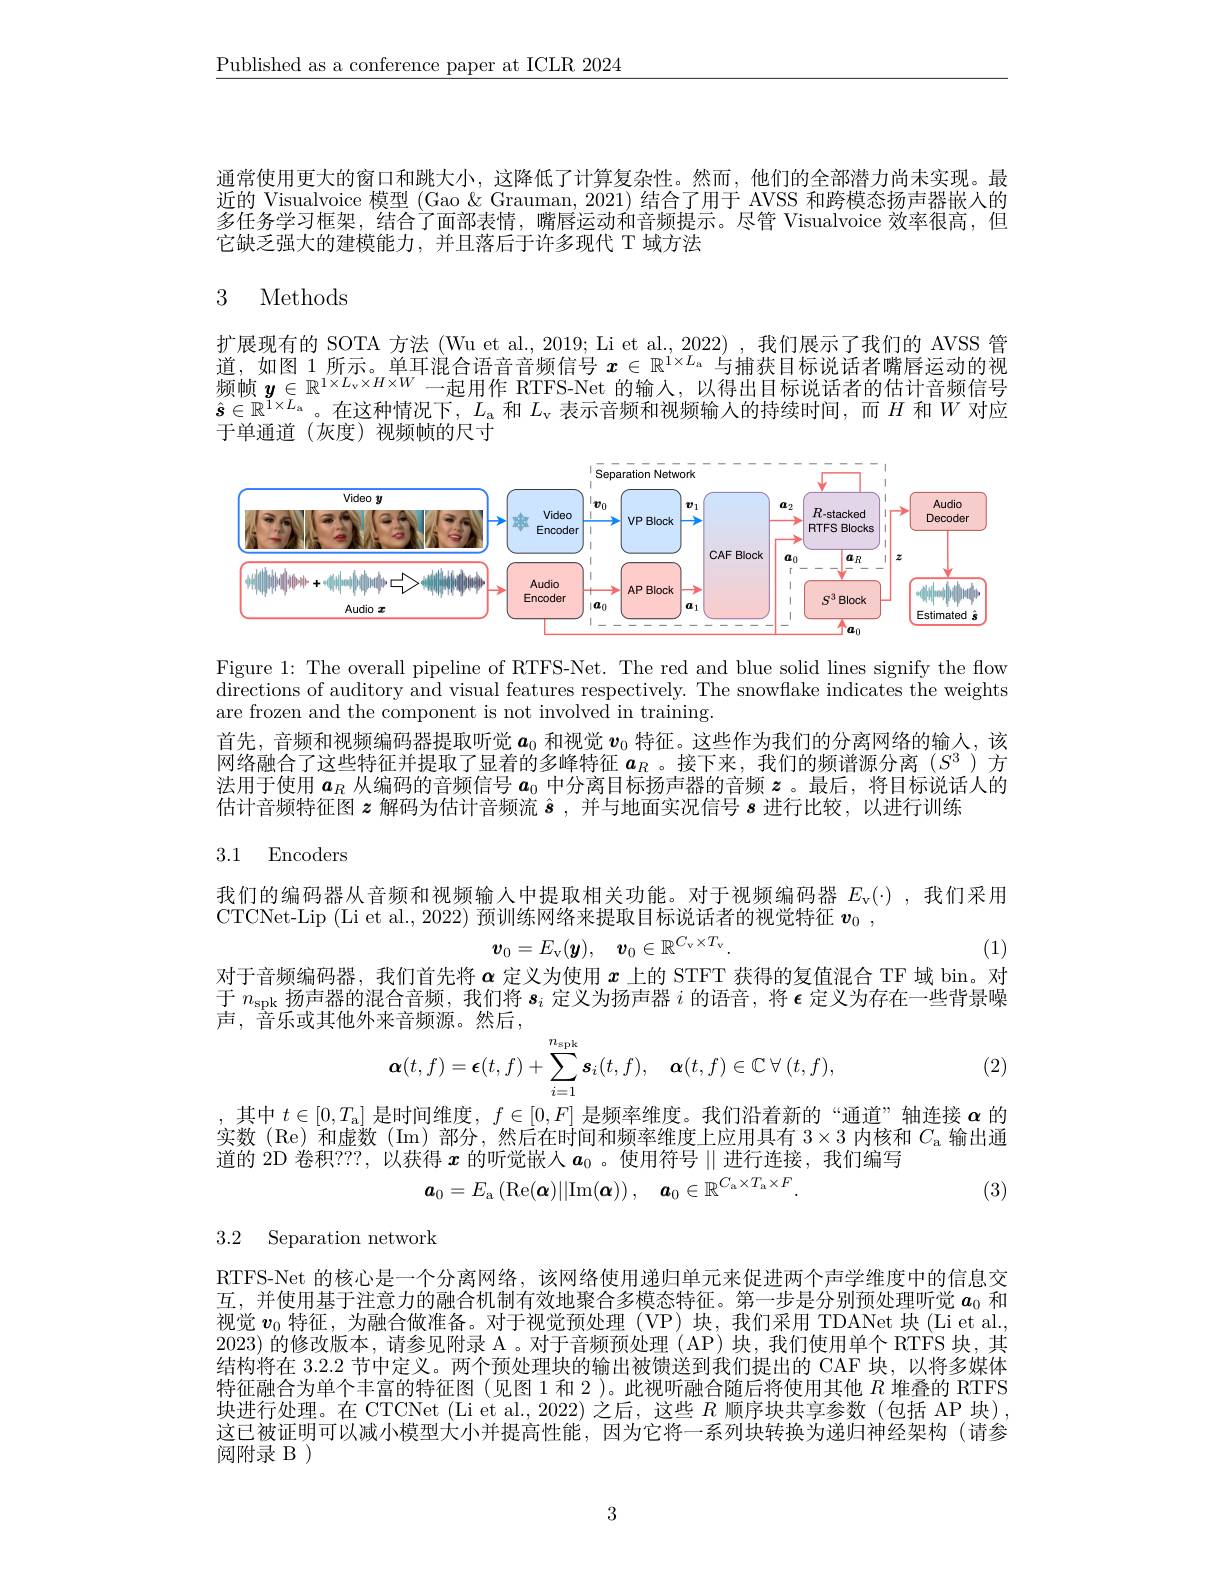
$\underline{\text{Published as a conference paper at ICLR 2024}}$

通常使用更大的窗口和跳大小，这降低了计算复杂性。然而，他们的全部潜力尚未实现。最近的 Visualvoice 模型 (Gao $\&$ Grauman, 2021) 结合了用于 AVSS 和跨模态扬声器嵌人的多任务学习框架，结合了面部表情，嘴唇运动和音频提示。尽管 Visualvoice 效率很高，但它缺乏强大的建模能力，并且落后于许多现代 T 域方法

## 3 Methods

扩展现有的 SOTA 方法 (Wu et al., 2019; Li et al., 2022) , 我们展示了我们的 AVSS 管道 , 如 图 1 所 示 。单 耳 混 合 语 音 音 频 信 号 $\boldsymbol{x}\in \mathbb{R} ^{1\times L_{\mathrm{a} }}$与 捕 获 目 标 说 话 者 嘴 唇 运 动 的 视 频 帧 $\boldsymbol{y}\in \mathbb{R} ^{1\times L_{\mathrm{v} }\times H\times W}$一 起 用 作 RTFS- Net 的 输 入 , 以 得 出 目 标 说 话 者 的 估 计 音 频 信 号$\hat{\boldsymbol{s}}\in\mathbb{R}^{1\times L_\mathrm{a}}$。在这种情况下$,L_\mathrm{a}$和$L_\mathrm{v}$表示音频和视频输人的持续时间，而$H$和$W$对应于单通道(灰度)视频帧的尺寸

<FigureHere>

Figure 1: The overall pipeline of RTFS-Net. The red and blue solid lines signify the flow directions of auditory and visual features respectively. The snowflake indicates the weights are frozen and the component is not involved in training.

首先，音频和视频编码器提取听觉$a_{0}$和视觉$v_{0}$特征。这些作为我们的分离网络的输人，该网络融合了这些特征并提取了显着的多峰特征$\boldsymbol{a}_R$ 。接下来，我们的频谱源分离($S^3$)方法用于使用$\boldsymbol{a}_R$从编码的音频信号$\boldsymbol{a}_0$中分离目标扬声器的音频$\boldsymbol{z}$。最后，将目标说话人的估计音频特征图$z$解码为估计音频流$\hat{\boldsymbol{s}}$,并与地面实况信号$s$进行比较，以进行训练

## 3.1 Encoders

我们的编码器从音频和视频输入中提取相关功能。对于视频编码器$E_\mathrm{v}(\cdot)$ ,我们采用
CTCNet-Lip (Li et al., 2022) 预训练网络来提取目标说话者的视觉特征$\boldsymbol{v}_0$ ,
$$\boldsymbol{v}_{0}=E_{\mathrm{v}}(\boldsymbol{y}),\quad\boldsymbol{v}_{0}\in\mathbb{R}^{C_{\mathrm{v}}\times T_{\mathrm{v}}}.$$
对于音频编码器，我们首先将$\boldsymbol{\alpha}$定义为使用$x$上的 STFT 获得的复值混合 TF 域 bin。对

(1)

于$n_\mathrm{spk}$扬声器的混合音频，我们将$\boldsymbol{s}_i$定义为扬声器$i$的语音，将$\boldsymbol{\epsilon}$定义为存在一些背景噪
声，音乐或其他外来音频源。然后，
$$\boldsymbol{\alpha}(t,f)=\boldsymbol{\epsilon}(t,f)+\sum_{i=1}^{n_{\mathrm{spk}}}\boldsymbol{s}_{i}(t,f),\quad\boldsymbol{\alpha}(t,f)\in\mathbb{C}\:\forall\:(t,f),$$
(2)

,其中$t\in[0,T_{\mathrm{a}}]$是时间维度，$f\in [ 0, F]$是频率维度。我们沿着新的“通道”轴连接$\alpha$的实数(Re)和虚数(Im)部分，然后在时间和频率维度上应用具有$3\times3$内核和$C_\mathrm{a}$输出通道的 2D 卷积？??,以获得$x$的听觉嵌入$\boldsymbol a_0$ 。使用符号$\parallel$进行连接，我们编写
$$\boldsymbol{a}_{0}=E_{\mathrm{a}}\left(\mathrm{Re}(\boldsymbol{\alpha})||\mathrm{Im}(\boldsymbol{\alpha})\right),\quad\boldsymbol{a}_{0}\in\mathbb{R}^{C_{\mathrm{a}}\times T_{\mathrm{a}}\times F}.$$
(3)

3.2 Separation network

RTFS-Net 的核心是一个分离网络，该网络使用递归单元来促进两个声学维度中的信息交互，并使用基于注意力的融合机制有效地聚合多模态特征。第一步是分别预处理听觉$a_{0}$和视觉$\boldsymbol{v}_0$特征，为融合做准备。对于视觉预处理 (VP) 块，我们采用 TDANet 块 (Li et al., 2023)的修改版本，请参见附录 A 。对于音频预处理 ( AP) 块，我们使用单个 RTFS 块，其结构将在 3.2.2 节中定义。两个预处理块的输出被馈送到我们提出的 CAF 块，以将多媒体特征融合为单个丰富的特征图(见图 1 和 2 )。此视听融合随后将使用其他$R$堆叠的 RTFS 块进行处理。在 CTCNet (Li et al., 2022) 之后，这些 $R$ 顺序块共享参数 (包括 AP 块), 这已被证明可以减小模型大小并提高性能，因为它将一系列块转换为递归神经架构(请参阅附录 B )

3